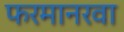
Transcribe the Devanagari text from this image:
फरमानरवा